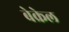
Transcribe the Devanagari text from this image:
बेक्रेल